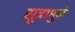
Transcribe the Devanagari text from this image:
सूत्रामुळे